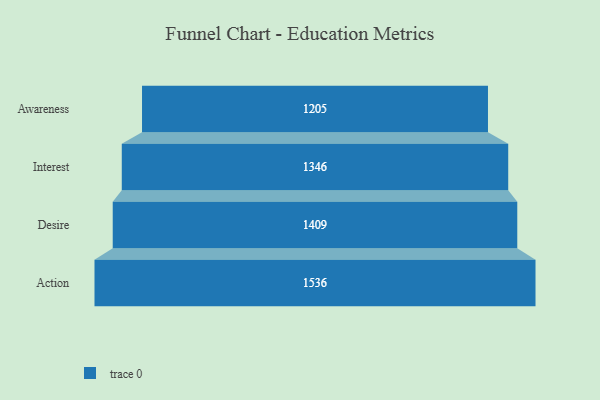
{"axis": {"x": "Stage", "y": "Value"}, "legend": [""], "data": [{"x": "Awareness", "y": 1205.0, "type": ""}, {"x": "Interest", "y": 1346.0, "type": ""}, {"x": "Desire", "y": 1409.0, "type": ""}, {"x": "Action", "y": 1536.0, "type": ""}]}